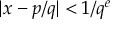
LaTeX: | x - p / q | < 1 / q ^ { e }